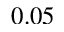
0 . 0 5